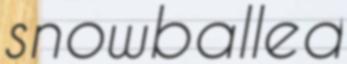
snowballed